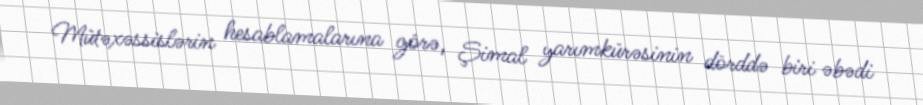
Mütəxəssislərin hesablamalarına görə, Şimal yarımkürəsinin dörddə biri əbədi